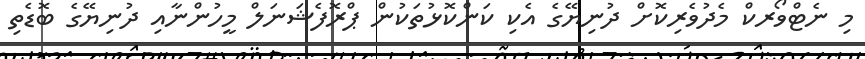
މި ނެޓްވޯރކް މެދުވެރިކޮށް ދުނިޔޭގެ އެކި ކަންކޮޅުތަކުން ޕްރޮފެޝަނަލް މީހުންނާއި ދުނިޔޭގެ ބޮޑެތި